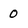
Character: 0